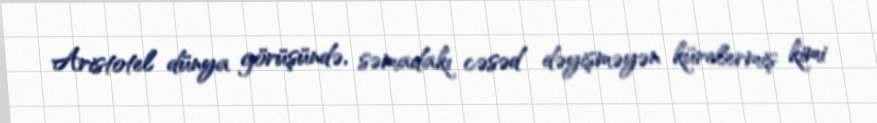
Aristotel dünya görüşündə, səmadakı cəsəd dəyişməyən kürelermiş kimi